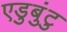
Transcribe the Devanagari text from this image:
एडुबुंटु